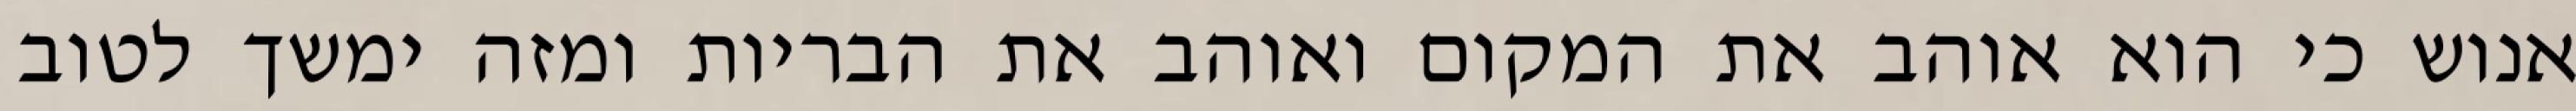
אנוש כי הוא אוהב את המקום ואוהב את הבריות ומזה ימשך לטוב